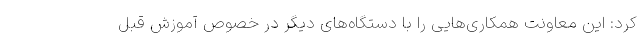
کرد: این معاونت همکاری‌هایی را با دستگاه‌های دیگر در خصوص آموزش قبل